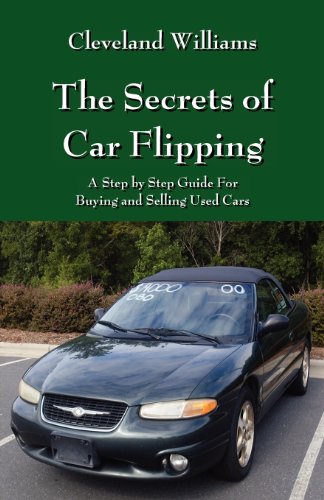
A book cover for The Secrets of Car Flipping: A Step by Step Guide For Buying and Selling Used Cars; Cleveland Williams; Engineering & Transportation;